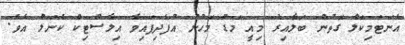
އެނަޓަމިކަލް ގޮތުން ބަލާއިރު މިއީ މަޑު މަހުން އުފެދިފައިވާ އިލާސްޓިކް ކެނަލް އެވެ.